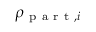
\rho _ { \mathrm { ~ p ~ a ~ r ~ t ~ } , i }